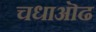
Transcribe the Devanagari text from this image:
चधाऒढ